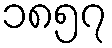
၁၈၅၇